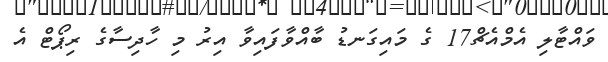
ވައްޓާލި އެމްއެޗް17 ގެ މައިގަނޑު ބާއްވާފައިވާ އިރު މި ހާދިސާގެ ރިޕޯޓް އެ